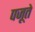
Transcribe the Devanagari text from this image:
पजूते